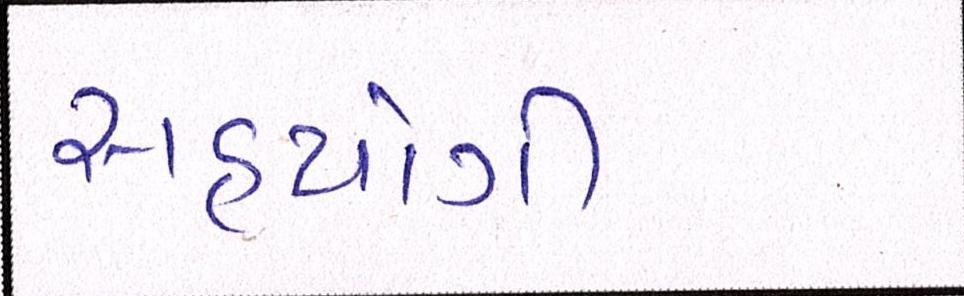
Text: સહયોગી